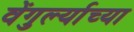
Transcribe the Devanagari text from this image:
वेंगुर्ल्याच्या